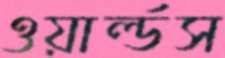
ওয়ার্ল্ডস